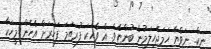
ނީކް.. ނަވްޔާ ހަމަޖެހިލަމުން ބުންޏެވެ. އެ ވާހަކަ ފުރަތަމަ ފަހަރަށް އެހެން މީހަކާ